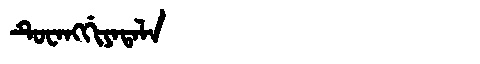
Manchu: ᡨᡠᠸᠠᠩᡤᡳᠶᠠᡨᠠᠯᠠ
Romanization: TUWANGGIYATALA